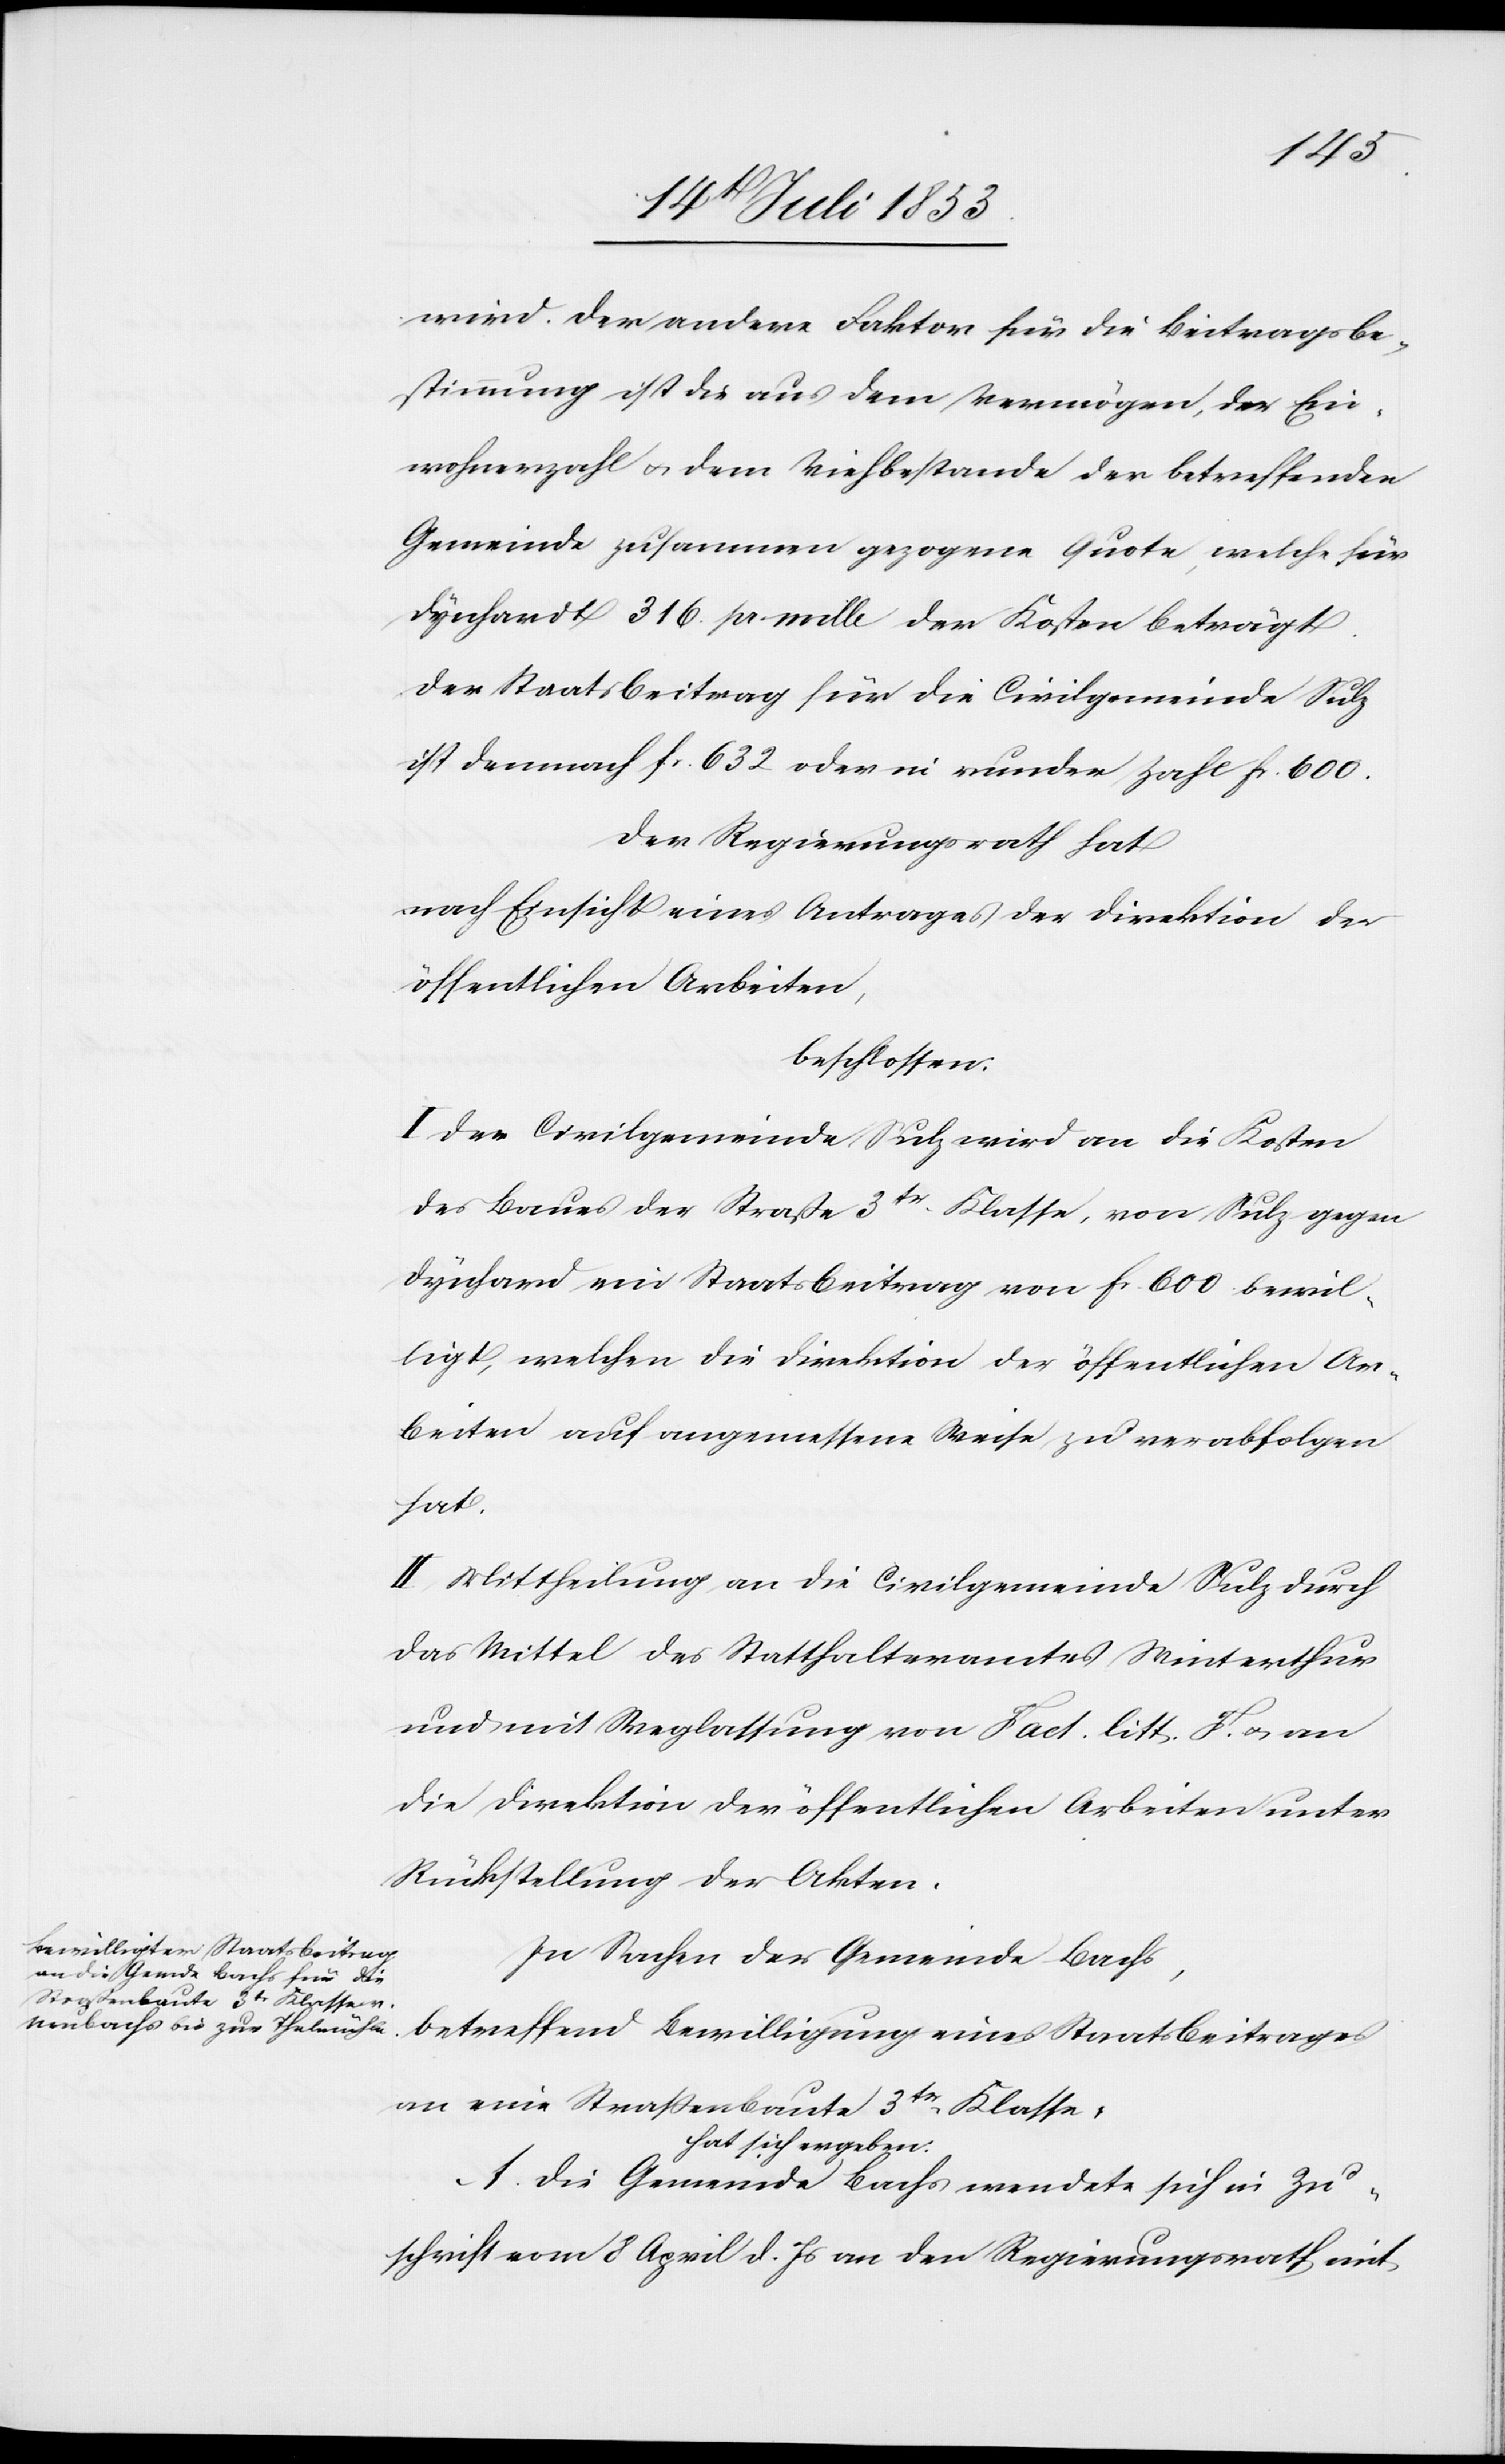
wird. Der andere Faktor für die Beitragsbe¬
stimmung ist die aus dem Vermögen, der Ein¬
wohnerzahl u. dem Viehbestande der betreffenden
Gemeinde zusammen gezogene Quote, welche für
Dynhard 316 pro mille der Kosten beträgt.
Der Staatsbeitrag für die Civilgemeinde Sulz
ist demnach fr. 632 oder in runder Zahl fr. 600.
Der Regierungsrath hat
nach Einsicht eines Antrages der Direktion der
öffentlichen Arbeiten,
beschlossen:
I. Der Civilgemeinde Sulz wird an die Kosten
des Baues der Straße 3tr Klasse, von Sulz gegen
Dynhard ein Staatsbeitrag von fr. 600 bewil¬
ligt, welchen die Direktion der öffentlichen Ar¬
beiten auf angemessene Weise zu verabfolgen
hat.
II. Mittheilung an die Civilgemeinde Sulz durch
das Mittel des Statthalteramtes Winterthur
und mit Weglassung von Fact. litt. F u. an
die Direktion der öffentlichen Arbeiten unter
Rückstellung der Akten.
Bewilligung eines Staatsbeitrages
In Sachen der Gemeinde Bachs,
an eine Straßenbaute 3tr Klasse:
hat sich ergeben:
A. Die Gemeinde Bachs wendete sich in Zu¬
schrift vom 8 April d. Js. an den Regierungsrath mit